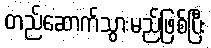
တည်ဆောက်သွားမည်ဖြစ်ပြီး